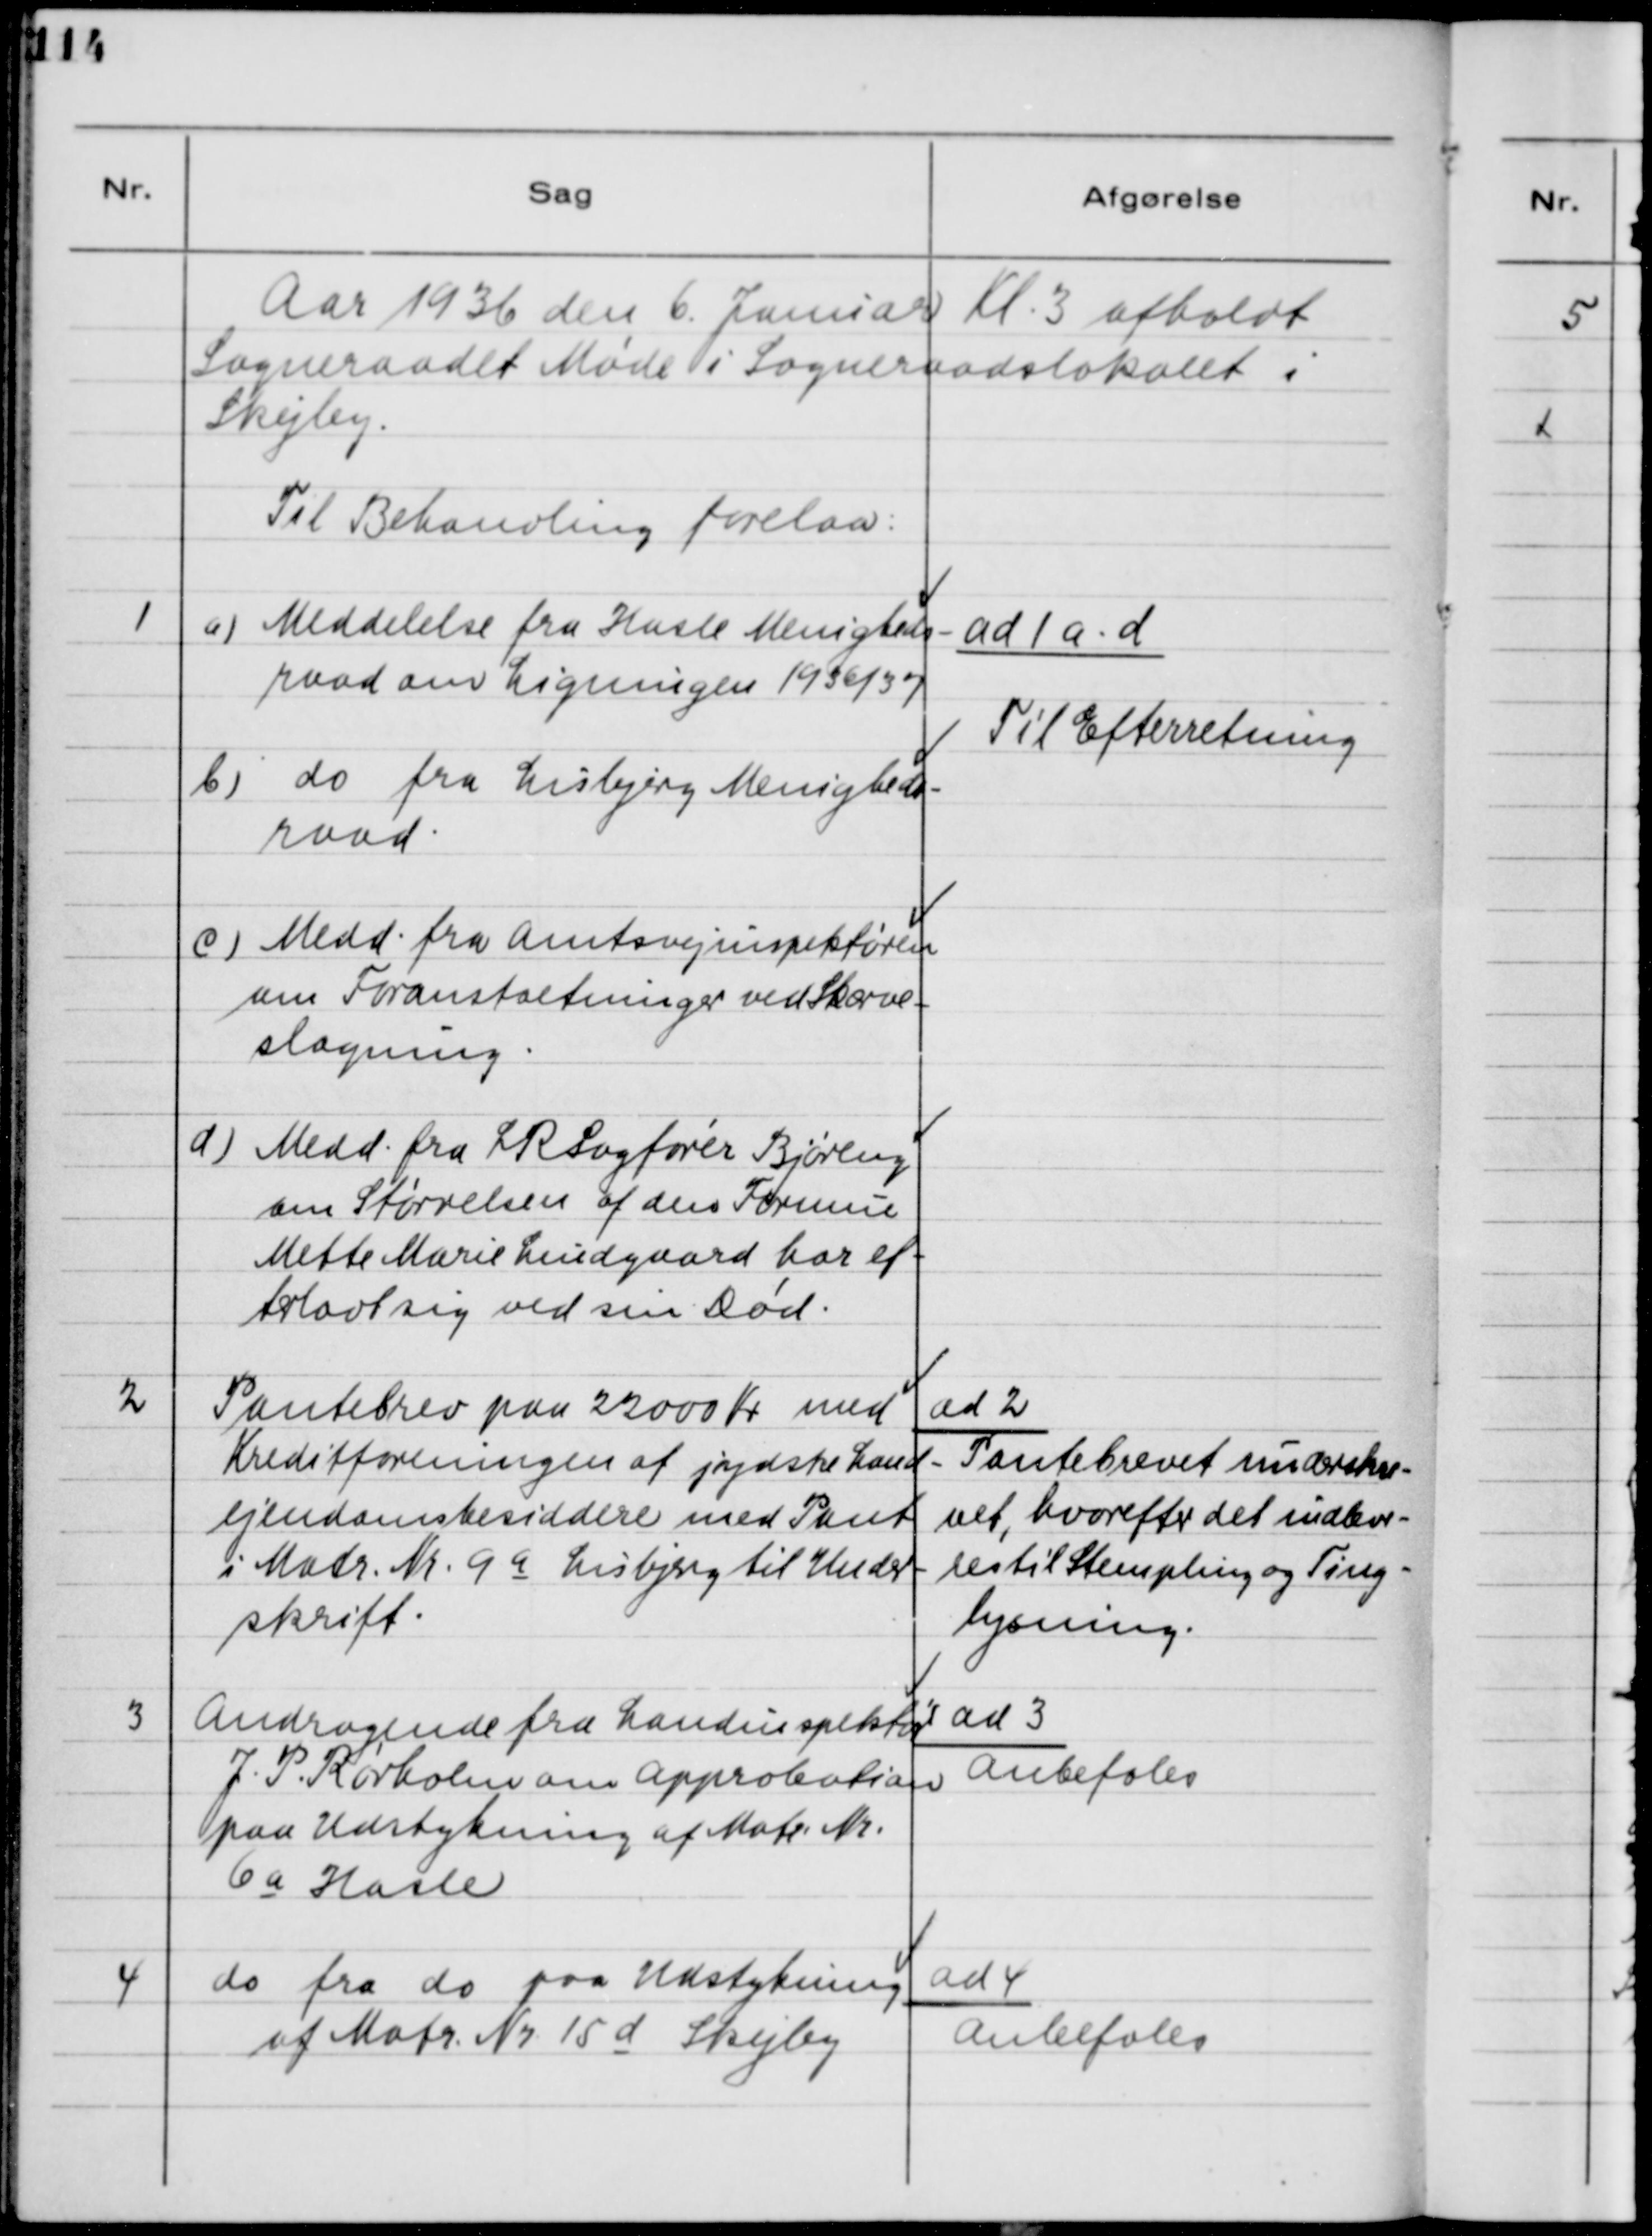
Transskription:
Aar 1936 den 6. Januar Kl. 3 afholdt
Sogneraadet Møde i Sogneraadslokalet i 
Skejby.
Til Behandling forelaa:
1
a) Meddelelse fra Hasle Menigheds-
raad om Ligningen 1936/37
b) do fra Lisbjerg Menigheds-
raad.
c) Medd. fra Amtsvejsinspektøren
om Foranstaltninger ved Skærve-
slagning.
d) Medd. fra LRSagfører Bjøreng
om Størrelsen af den Formue
Mette Marie Lundgaard har ef-
terladt sig ved sin Død.
ad 1 a-d
Til Efterretning
2
Pantebrev paa 22000 Kr med
Kreditforeningen af jydske Land-
ejendomsbesiddere med Pant
i Matr. Nr. 9 a Lisbjerg til Under-
skrift.
ad 2
Pantebrevet underskre-
vet, hvorefter det indlev-
res til Stempling og Ting-
lysning.
3
Andragende fra Landinspektør
J. P. Rørholm om approbation
paa Udstykning af Matr. Nr.
6 a Hasle
ad 3
Anbefales
4
do fra do paa Udstykning
af Matr. Nr. 15 d Skejby
ad 4
Anbefales